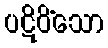
ပဋိဝိံသော